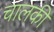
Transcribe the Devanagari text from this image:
चालकी